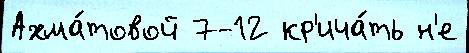
Ахма́товой 7-12 кр'ича́ть н'е